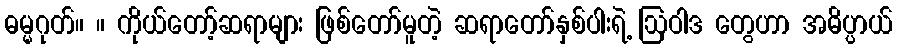
ဓမ္မဂုတ်။ ။ ကိုယ်တော့်ဆရာများ ဖြစ်တော်မူတဲ့ ဆရာတော်နှစ်ပါးရဲ့ ဩဝါဒ တွေဟာ အဓိပ္ပာယ်